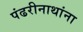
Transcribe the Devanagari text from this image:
पंढरीनाथांना